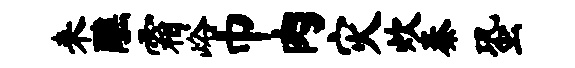
来醮霜峪巾肉灾炊秦蛩